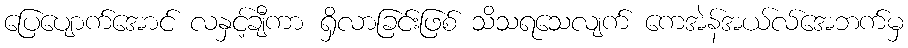
ပြေပျောက်အောင် လနှင့်ချီကာ ရှိလာခြင်းဖြစ် သိသရသေလျက် ကေအဲန်အယ်လ်အေဘက်မှ